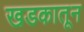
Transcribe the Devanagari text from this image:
खडकातून